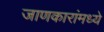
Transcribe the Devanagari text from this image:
जाणकारांमध्ये